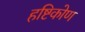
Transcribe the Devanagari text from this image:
हष्टिकोण